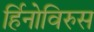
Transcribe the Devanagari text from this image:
र्हिनोविरुस